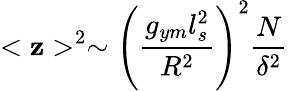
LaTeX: <\mathbf{z}>^{2}\sim\left({\frac{{g_{ym}l_{s}^{2}}}{{R^{2}}}}\right)^{2}{\frac{{N}}{{\delta^{2}}}}